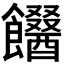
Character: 𩟫